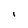
Character: I